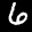
Label: 6